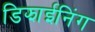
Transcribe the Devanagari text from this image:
डिझाईनिंग